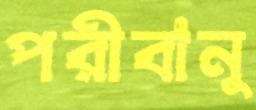
পরীবানু